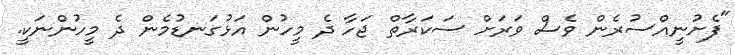
"ފެށުނީއްސުރެން ވެސް ވަރަށް ސަކަރާތް ޖަހާ ދެ މީހުން އަޅުގަނޑުމެން ދެ މީހުންނަކީ.